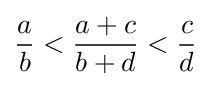
{\frac {a}{b}}<{\frac {a+c}{b+d}}<{\frac {c}{d}}